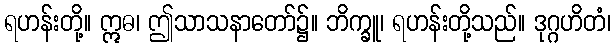
ရဟန်းတို့။ ဣဓ၊ ဤသာသနာတော်၌။ ဘိက္ခူ၊ ရဟန်းတို့သည်။ ဒုဂ္ဂဟိတံ၊